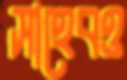
সাহেবও